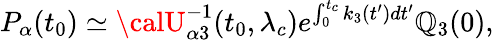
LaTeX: P_{\alpha}(t_{0})\simeq{\calU}_{\alpha3}^{-1}(t_{0},\lambda_{c})e^{\int_{0}^{t_{c}}k_{3}(t^{\prime})dt^{\prime}}\mathbb{Q}_{3}(0),